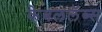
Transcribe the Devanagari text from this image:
केबललॅब्स्